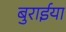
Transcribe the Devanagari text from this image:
बुरार्इया